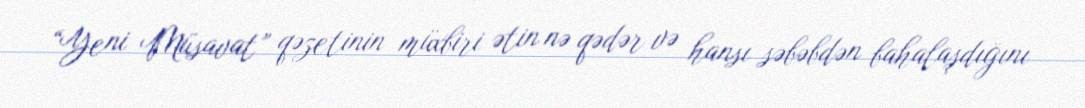
“Yeni Müsavat” qəzetinin müxbiri ətin nə qədər və hansı səbəbdən bahalaşdığını